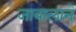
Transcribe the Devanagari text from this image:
जाबालाने